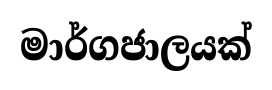
මාර්ගජාලයක්